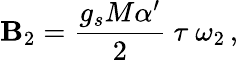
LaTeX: \mathbf{B}_{2}=\frac{{g_{s}M\alpha^{\prime}}}{{2}}\ \tau\ \omega_{2}\, ,